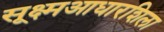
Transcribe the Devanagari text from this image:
सूक्ष्मआधारशिला